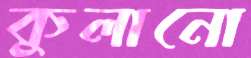
কুলানো